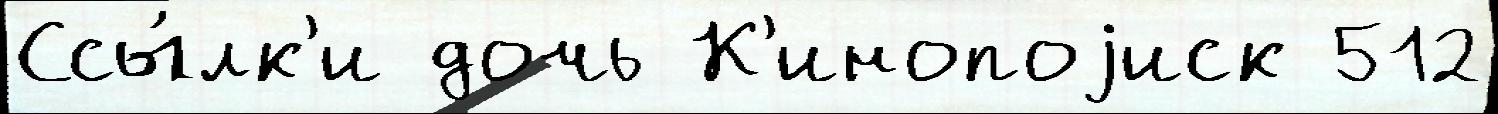
Ссы́лк'и дочь К'инопоjиск 512